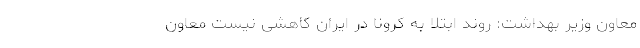
معاون وزیر بهداشت: ‌روند ابتلا به کرونا در ایران کاهشی نیست معاون